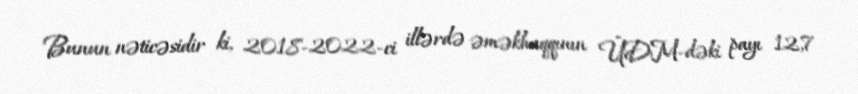
Bunun nəticəsidir ki, 2018-2022-ci illərdə əməkhaqqının ÜDM-dəki payı 12,7